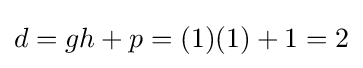
d=gh+p=(1)(1)+1=2